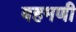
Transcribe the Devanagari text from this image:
बहमणी